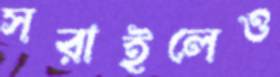
সরাইলেও